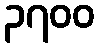
၃၇၀၀